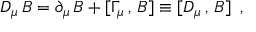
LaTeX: D _ { \mu } \, B = \partial _ { \mu } \, B + [ \Gamma _ { \mu } \, , \, B ] \equiv [ D _ { \mu } \, , \, B ] \, \, \, ,